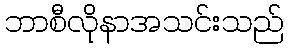
ဘာစီလိုနာအသင်းသည်